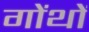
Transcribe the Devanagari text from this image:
गोंथों